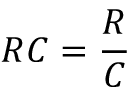
R C = \frac { R } { C }